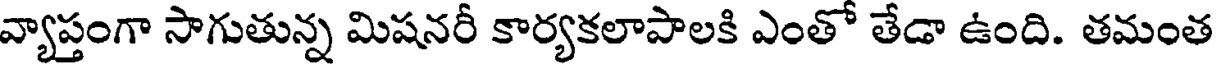
వ్యాప్తంగా సాగుతున్న మిషనరీ కార్యకలాపాలకి ఎంతో తేడా ఉంది. తమంత